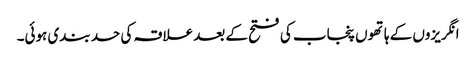
انگریزوں کے ہاتھوں پنجاب کی فتح کے بعد علاقہ کی حد بندی ہوئی۔